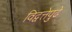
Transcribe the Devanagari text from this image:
विद्वत्तेपुढे